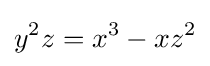
y^{2}z=x^{3}-xz^{2}